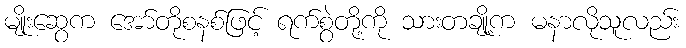
မျိုးဆွေက အော်တိုစနစ်ဖြင့် ရက်စွဲတို့ကို သားတချို့က မနာလိုသူလည်း